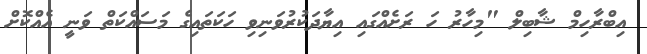
އިބްރާހިމް ޝާބިލް "މިހާރު ހަ ރަށެއްގައި އިޔާދަކުރުވަނިވި ހަކަތައިގެ މަސައްކަތް ވަނީ އެއްކޮށް